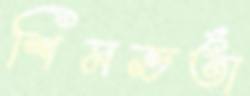
শিমভর্তা